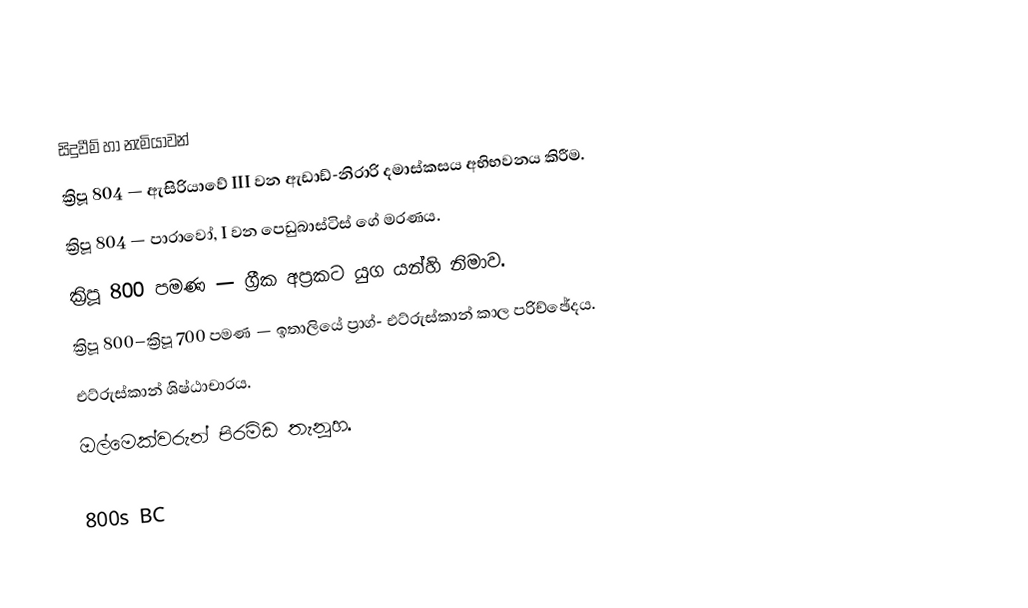

සිදුවීම් හා නැමියාවන්
 ක්‍රිපූ 804 — ඇසිරියාවේ III වන ඇඩාඩ්-නිරාරි දමාස්කසය අභිභවනය කිරීම.
 ක්‍රිපූ 804 — පාරාවෝ, I වන පෙඩුබාස්ටිස් ගේ මරණය.
 ක්‍රිපූ 800 පමණ — ග්‍රීක අප්‍රකට යුග යන්හි නිමාව.
 ක්‍රිපූ 800–ක්‍රිපූ 700 පමණ — ඉතාලියේ ප්‍රාග්- එට්රුස්කාන් කාල පරිච්ඡේදය.
 එට්රුස්කාන් ශිෂ්ඨාචාරය.
 ඔල්මෙක්වරුන් පිරමිඩ තැනූහ.

800s BC